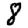
Digit: 8